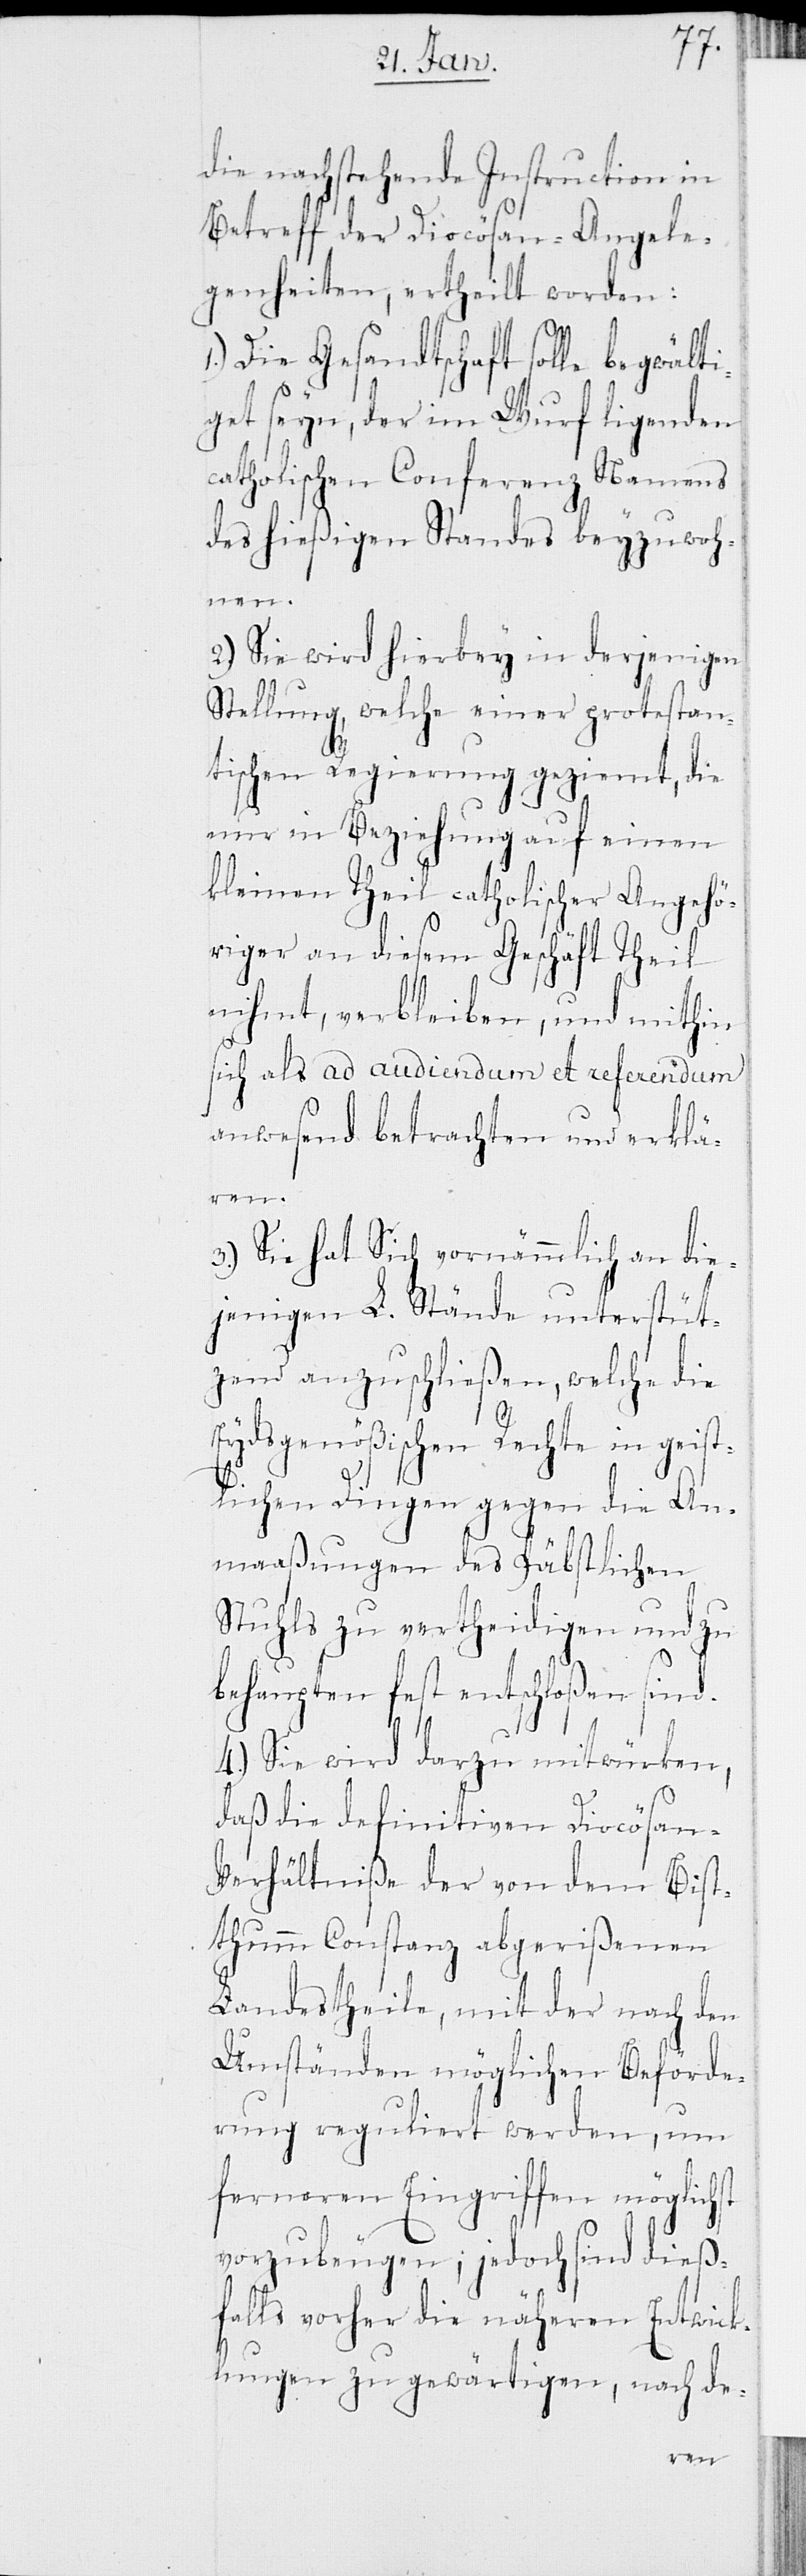
die nachstehende Instruction in
Betreff der Diocösan-Angele¬
genheiten, ertheilt worden:
1.) Die Gesandtschaft solle begwält¬
get seyn, der im Wurf ligenden
catholischen Conferenz Namens
des hießigen Standes beyzuwoh¬
nen.
2.) Sie wird hierbey in derjenigen
Stellung, welche einer protestan¬
tischen Regierung ge¬
die
nur in Beziehung auf einen
kleinen Theil catholisch¬
wick¬
riger an diesem Gesch¬
nihmt, verbleiben, und
in
sich als ad audiendum et
rti¬
anwesend betrachten und
gen,
3.) Sie hat Sich vornämm¬
jenigen L. Stände
tzend anzuschließen,
Eydsgenößischen Rechte
tlichen Dingen geg¬
Anmaaßungen des Päbs¬
Stuhls zu vertheid¬
behaupten fest entschloßen
4.) Sie wird darzu mit¬
daß die definitiven Diocö¬
erhältniße der von
thum Constanz abgeri¬
Landestheile, mit der
Umständen möglic¬
rung reguliert wer¬
ferneren Eingriff¬
nach
vorzubeugen; jedoch sind die¬
ßfalls vorher die nä¬
lungen zu gewä¬
de-
sind.